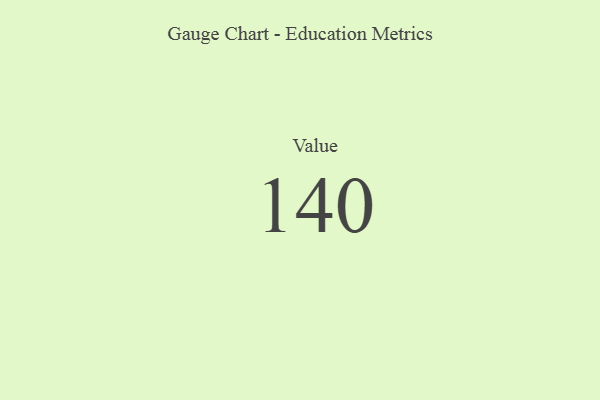
{"axis": {"x": "Metric", "y": "Value"}, "legend": [""], "data": [{"x": "Value", "y": 140, "type": ""}]}